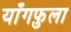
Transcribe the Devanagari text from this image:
याँगफ़ुला